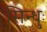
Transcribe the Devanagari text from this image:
सिन्धुः